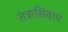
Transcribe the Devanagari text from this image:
तंत्राशिवाय